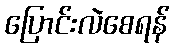
ပြောင်းလဲစေရန်